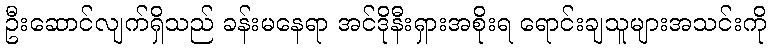
ဦးဆောင်လျက်ရှိသည် ခန်းမနေရာ အင်ဒိုနီးရှားအစိုးရ ရောင်းချသူများအသင်းကို